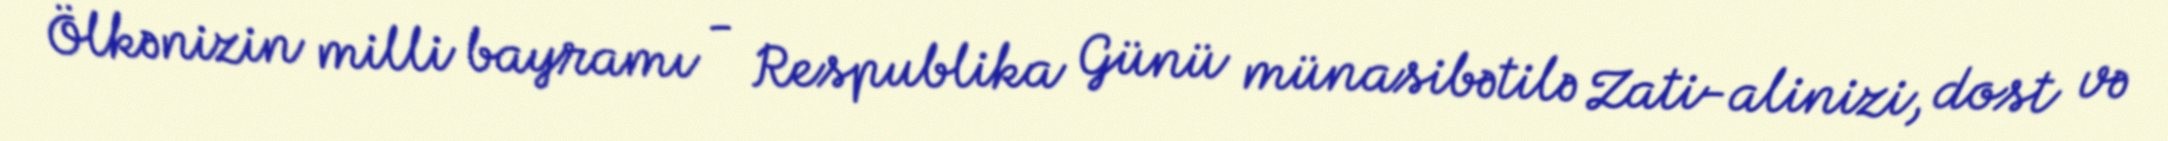
Ölkənizin milli bayramı - Respublika Günü münasibətilə Zati-alinizi, dost və